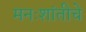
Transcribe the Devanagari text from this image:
मनःशांतीचे